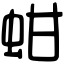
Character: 蚶